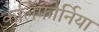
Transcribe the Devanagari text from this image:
कलिफोर्निया